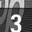
Digit: 3